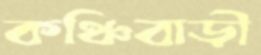
কঞ্চিবাড়ী